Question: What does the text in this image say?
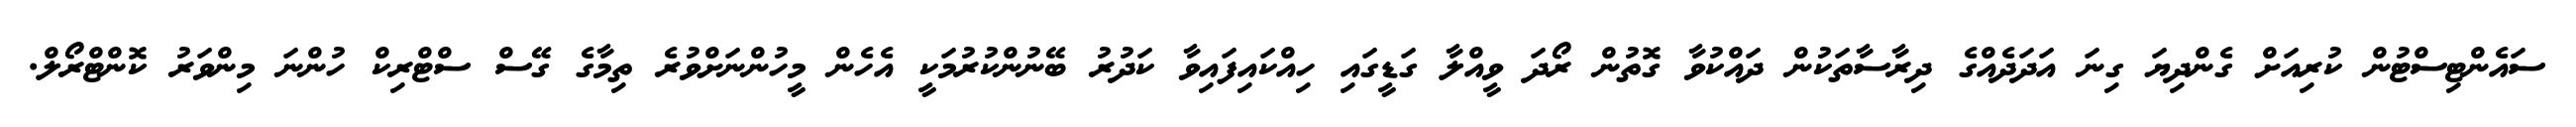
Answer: ސައެންޓިސްޓުން ކުރިއަށް ގެންދިޔަ ގިނަ އަދަދެއްގެ ދިރާސާތަކުން ދައްކުވާ ގޮތުން ރޯދަ ވީއްލާ ގަޑީގައި ހިއްކައިފައިވާ ކަދުރު ބޭނުންކުރުމަކީ އެހެން މީހުންނަށްވުރެ ތިމާގެ ގޭސް ސްޓްރިކް ހުންނަ މިންވަރު ކޮންޓްރޯލް.